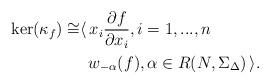
LaTeX: \begin{align*}\ker(\kappa_f) \cong & \langle \, x_i \frac{\partial f}{\partial x_i}, i=1,...,n \\& \, \, \, w_{-\alpha}(f), \alpha \in R(N,\Sigma_{\Delta}) \, \rangle.\end{align*}